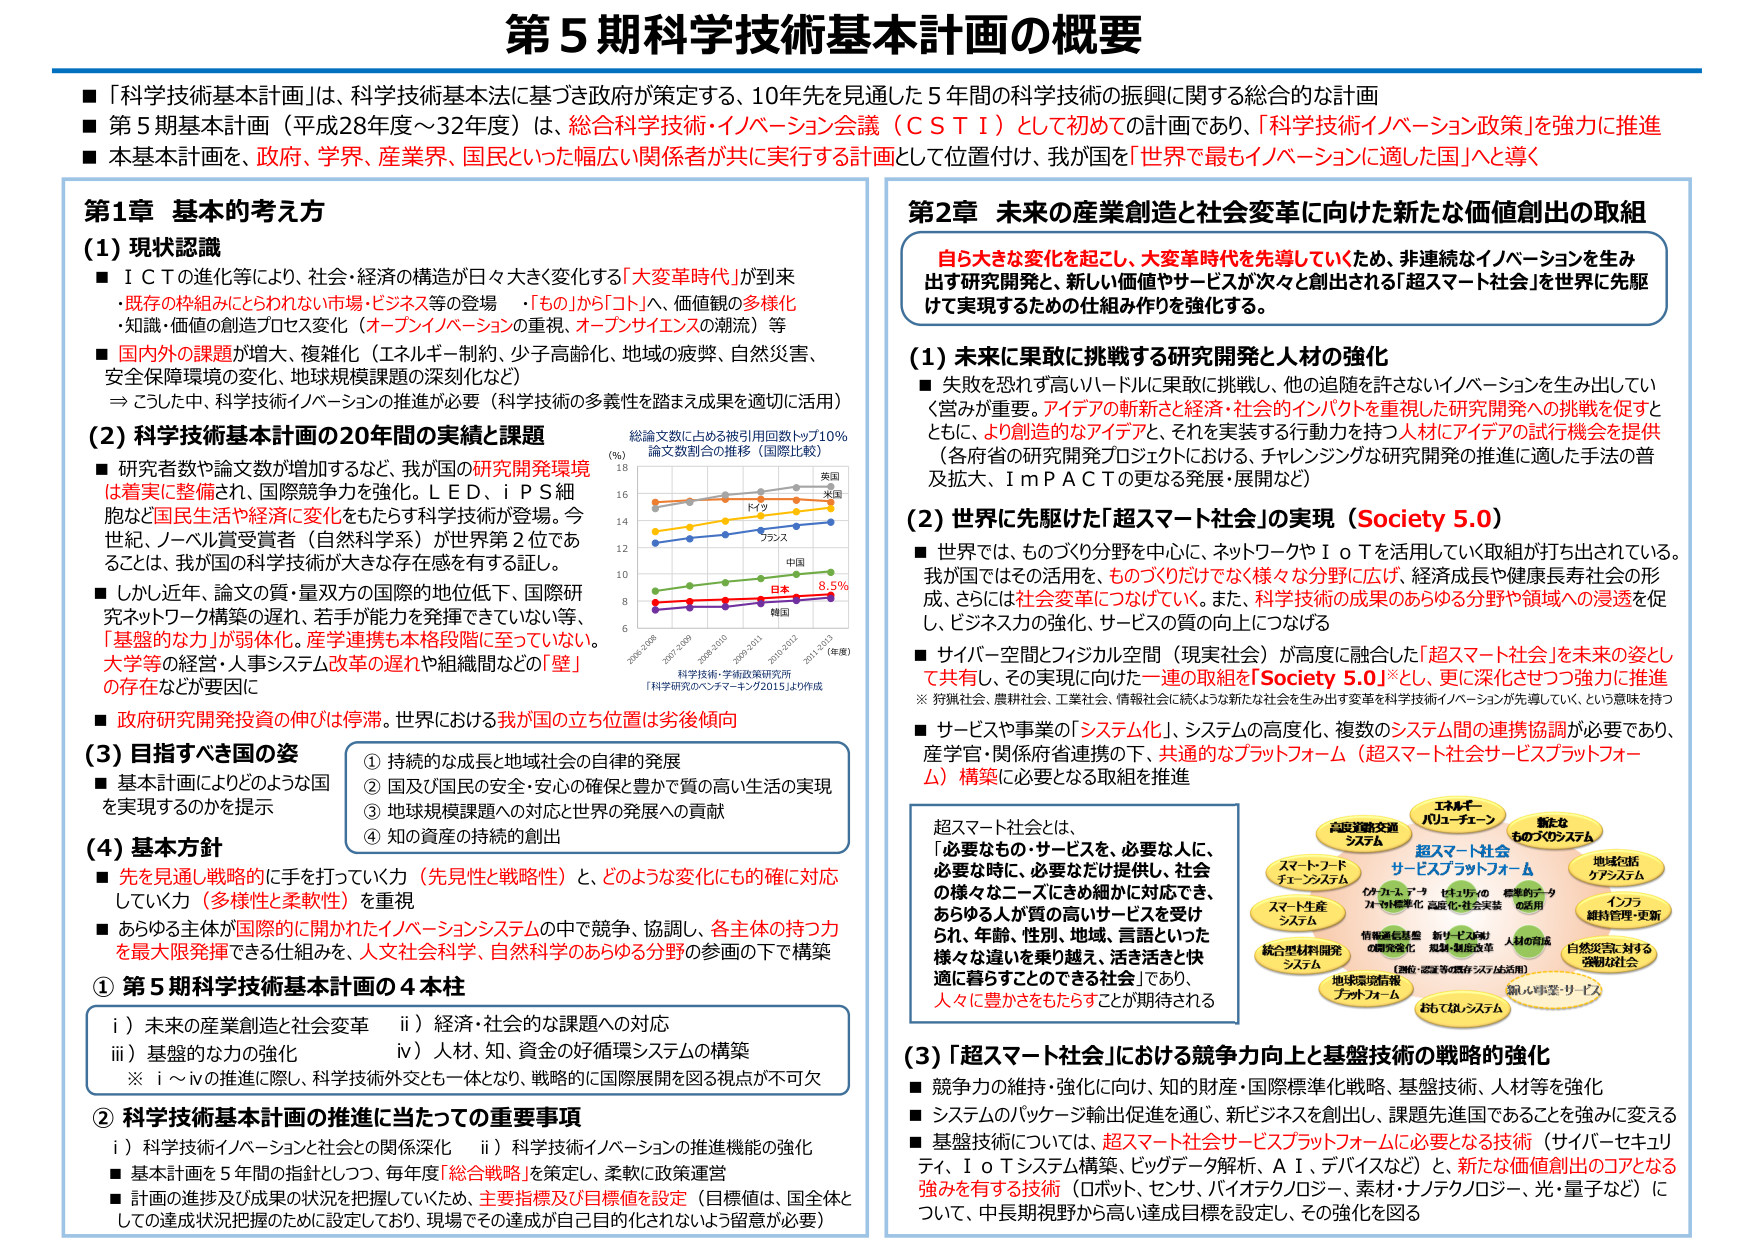
第5期科学技術基本計画の概要

■「科学技術基本計画」は、科学技術基本法に基づき政府が策定する、10年先を見通した5年間の科学技術の振興に関する総合的な計画
■第5期基本計画（平成28年度～32年度）は、総合科学技術・イノベーション会議（ＣＳＴＩ）として初めての計画であり、「科学技術イノベーション政策」を強力に推進
■本基本計画を、政府、学界、産業界、国民といった幅広い関係者が共に実行する計画として位置付け、我が国を「世界で最もイノベーションに適した国」へと導く

第1章 基本的考え方

（1）現状認識
■ＩＣＴの進化等により、社会・経済の構造が日々大きく変化する「大変革時代」が到来
・既存の枠組みにとらわれない市場・ビジネス等の登場　・「もの」から「コト」へ、価値観の多様化
・知識・価値の創造プロセス変化（オープンイノベーションの重視、オープンサイエンスの潮流）等
■国内外の課題が増大、複雑化（エネルギー・制約、少子高齢化、地域の疲弊、自然災害、安全保障環境の変化、地球規模課題の深刻化など）
⇒こうした中、科学技術イノベーションの推進が必要（科学技術の多義性を踏まえ成果を適切に活用）

（2）科学技術基本計画の20年間の実績と課題
■研究者数や論文数が増加するなど、我が国の研究開発環境は着実に整備され、国際競争力を強化。ＬＥＤ、ｉＰＳ細胞など国民生活や経済に変化をもたらす科学技術が登場。今世紀、ノーベル賞受賞者（自然科学系）が世界第2位であることは、我が国の科学技術が大きな存在感を有する証し。
■しかし近年、論文の質・量双方の国際的地位低下、国際研究ネットワーク構築の遅れ、若手が能力を発揮できていない等、「基盤的な力」が弱体化。産学連携も本格段階に至っていない。大学等の経営・人事システム改革の遅れや組織間などの「壁」の存在などが要因に
■政府研究開発投資の伸びは停滞。世界における我が国の立ち位置は劣後傾向

（3）目指すべき国の姿
■基本計画によりどのような国を実現するのかを提示
①持続的な成長と地域社会の自律的発展
②国及び国民の安全・安心の確保と豊かで質の高い生活の実現
③地球規模課題への対応と世界の発展への貢献
④知の資産の持続的創出

（4）基本方針
■先を見通し戦略的に手を打っていく力（先見性と戦略性）と、どのような変化にも的確に対応していく力（多様性と柔軟性）を重視
■あらゆる主体が国際的に開かれたイノベーションシステムの中で競争、協調し、各主体の持つ力を最大限発揮できる仕組みを、人文社会科学、自然科学の分野の参画の下で構築

①第5期科学技術基本計画の4本柱
i）未来の産業創造と社会変革　　ii）経済・社会的な課題への対応
iii）基盤的な力の強化　　　　　iv）人材、知、資金の好循環システムの構築
※i～ivの推進に際し、科学技術外交をも一体となり、戦略的に国際展開を図る視点が不可欠

②科学技術基本計画の推進に当たっての重要事項
i）科学技術イノベーションと社会との関係深化　　ii）科学技術イノベーションの推進機能の強化
■基本計画を5年間の指針としつつ、毎年度「総合指標」を策定し、柔軟に政策運営
■計画の進捗及び成果の状況を把握していくため、主要指標及び目標値を設定（目標値は、国全体としての達成状況把握のために設定しており、現場でその達成が自己目的化されないよう留意が必要）

第2章 未来の産業創造と社会変革に向けた新たな価値創出の取組

自ら大きな変化を起こし、大変革時代を先導していくため、非連続なイノベーションを生み出す研究開発と、新しい価値やサービスが次々と創出される「超スマート社会」を世界に先駆けて実現するための仕組み作りを強化する。

（1）未来に果敢に挑戦する研究開発と人材の強化
■失敗を恐れず高いハードルに果敢に挑戦し、他の追随を許さないイノベーションを生み出していく営みが重要。アイデアの斬新さと経済・社会的インパクトを重視した研究開発への挑戦を促すとともに、より創造的なアイデアと、それを実装する行動力を持つ人材にアイデアの試行機会を提供（各府省の研究開発プロジェクトにおける、チャレンジングな研究開発の推進に適した手法の普及拡大、ＩｍＰＡＣＴの更なる発展・展開など）

（2）世界に先駆けた「超スマート社会」の実現（Society 5.0）
■世界では、ものづくり分野を中心に、ネットワークやＩｏＴを活用していき取組が打ち出されている。我が国ではその活用を、ものづくりだけでなく様々な分野に広げ、経済成長や健康長寿社会の形成、さらには社会変革につなげていく。また、科学技術の成果のあらゆる分野や領域への浸透を促し、ビジネス力の強化、サービスの質の向上につなげる
■サイバー空間とフィジカル空間（現実社会）が高度に融合した「超スマート社会」を未来の姿として共有し、その実現に向けた一連の取組を「Society 5.0」※とし、更に深化させつつ強力に推進
※狩猟社会、農耕社会、工業社会、情報社会に続くような新たな社会を生み出す変革を科学技術イノベーションが先導していく、という意味を持つ
■サービスや事業の「システム化」、システムの高度化、複数のシステム間の連携協調が必要であり、産学官・関係府省連携の下、共通的なプラットフォーム（超スマート社会サービスプラットフォーム）構築に必要となる取組を推進

超スマート社会とは、
「必要なもの・サービスを、必要な人に、必要な時に、必要なだけ提供し、社会の様々なニーズにきめ細かに対応でき、あらゆる人が質の高いサービスを受けられ、年齢、性別、地域、言語といった様々な違いを乗り越え、活き活きと快適に暮らすことのできる社会」であり、人々に豊かさをもたらすことが期待される

（3）「超スマート社会」における競争力向上と基盤技術の戦略的強化
■競争力の維持・強化に向け、知的財産・国際標準化戦略、基盤技術、人材等を強化
■システムのパッケージ輸出促進を通じ、新ビジネス創出、課題先進国であることを強みに変える
■基盤技術については、超スマート社会サービスプラットフォームに必要となる技術（サイバーセキュリティ、ＩｏＴシステム構築、ビッグデータ解析、ＡＩ、デバイスなど）と、新たな価値創出のコアとなる強みを有する技術（ロボット、センサ、バイオテクノロジー、素材・ナノテクノロジー、光・量子など）について、中長期視野から高い達成目標を設定し、その強化を図る

総論文数に占める被引用回数トップ10％論文数割合の推移（国際比較）
（縦軸：割合（％）　横軸：年）
2000-2005　2005-2010　2010-2015　2015-2017（年）
6　8　10　12　14　16　18
（データ：科学技術・学術政策研究所「科学研究のベンチマーキング2015」より作成）
アメリカ　イギリス　フランス　中国　日本　韓国
（日本：8.5％）

超スマート社会
サービスプラットフォーム
（情報通信基盤の高度化・強化、新ビジネス創出、地域・制度改革、人材の育成、地域の活用）
スマートフードチェーンシステム
スマート生産システム
統合型材料開発システム
地域環境情報プラットフォーム
おもてなしシステム
エネルギーバルーチェーン
新たなものづくりシステム
地域包括ケアシステム
インフラ維持管理・更新
自然災害に対する強靭な社会
自転車交通システム
（環境・資源等の既存システム活用）